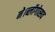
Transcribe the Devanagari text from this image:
ने।ब्लॉगोत्सव